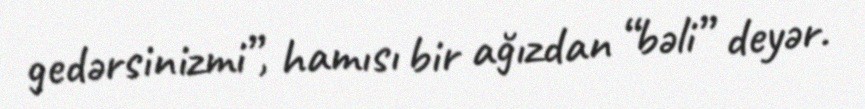
gedərsinizmi”, hamısı bir ağızdan “bəli” deyər.